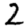
Digit: 2